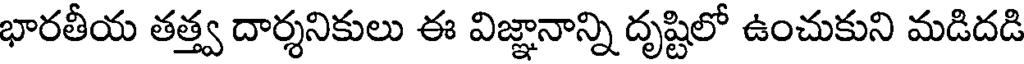
భారతీయ తత్త్వ దార్శనికులు ఈ విజ్ఞానాన్ని దృష్టిలో ఉంచుకుని మడిదడి